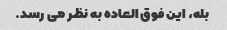
بله، این فوق العاده به نظر می رسد.